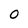
Character: 0